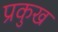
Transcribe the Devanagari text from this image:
प्रकुख